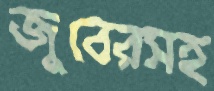
জুবেরসহ